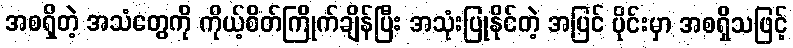
အစရှိတဲ့ အသံတွေကို ကိုယ့်စိတ်ကြိုက်ချိန်ပြီး အသုံးပြုနိုင်တဲ့ အပြင် ပိုင်းမှာ အစရှိသဖြင့်